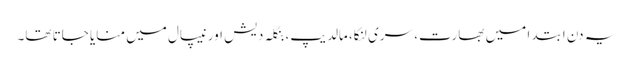
یہ دن ابتدا میں بھارت، سری لنکا، مالدیپ، بنگلہ دیش اور نیپال میں منایا جاتا تھا۔